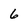
Character: 6